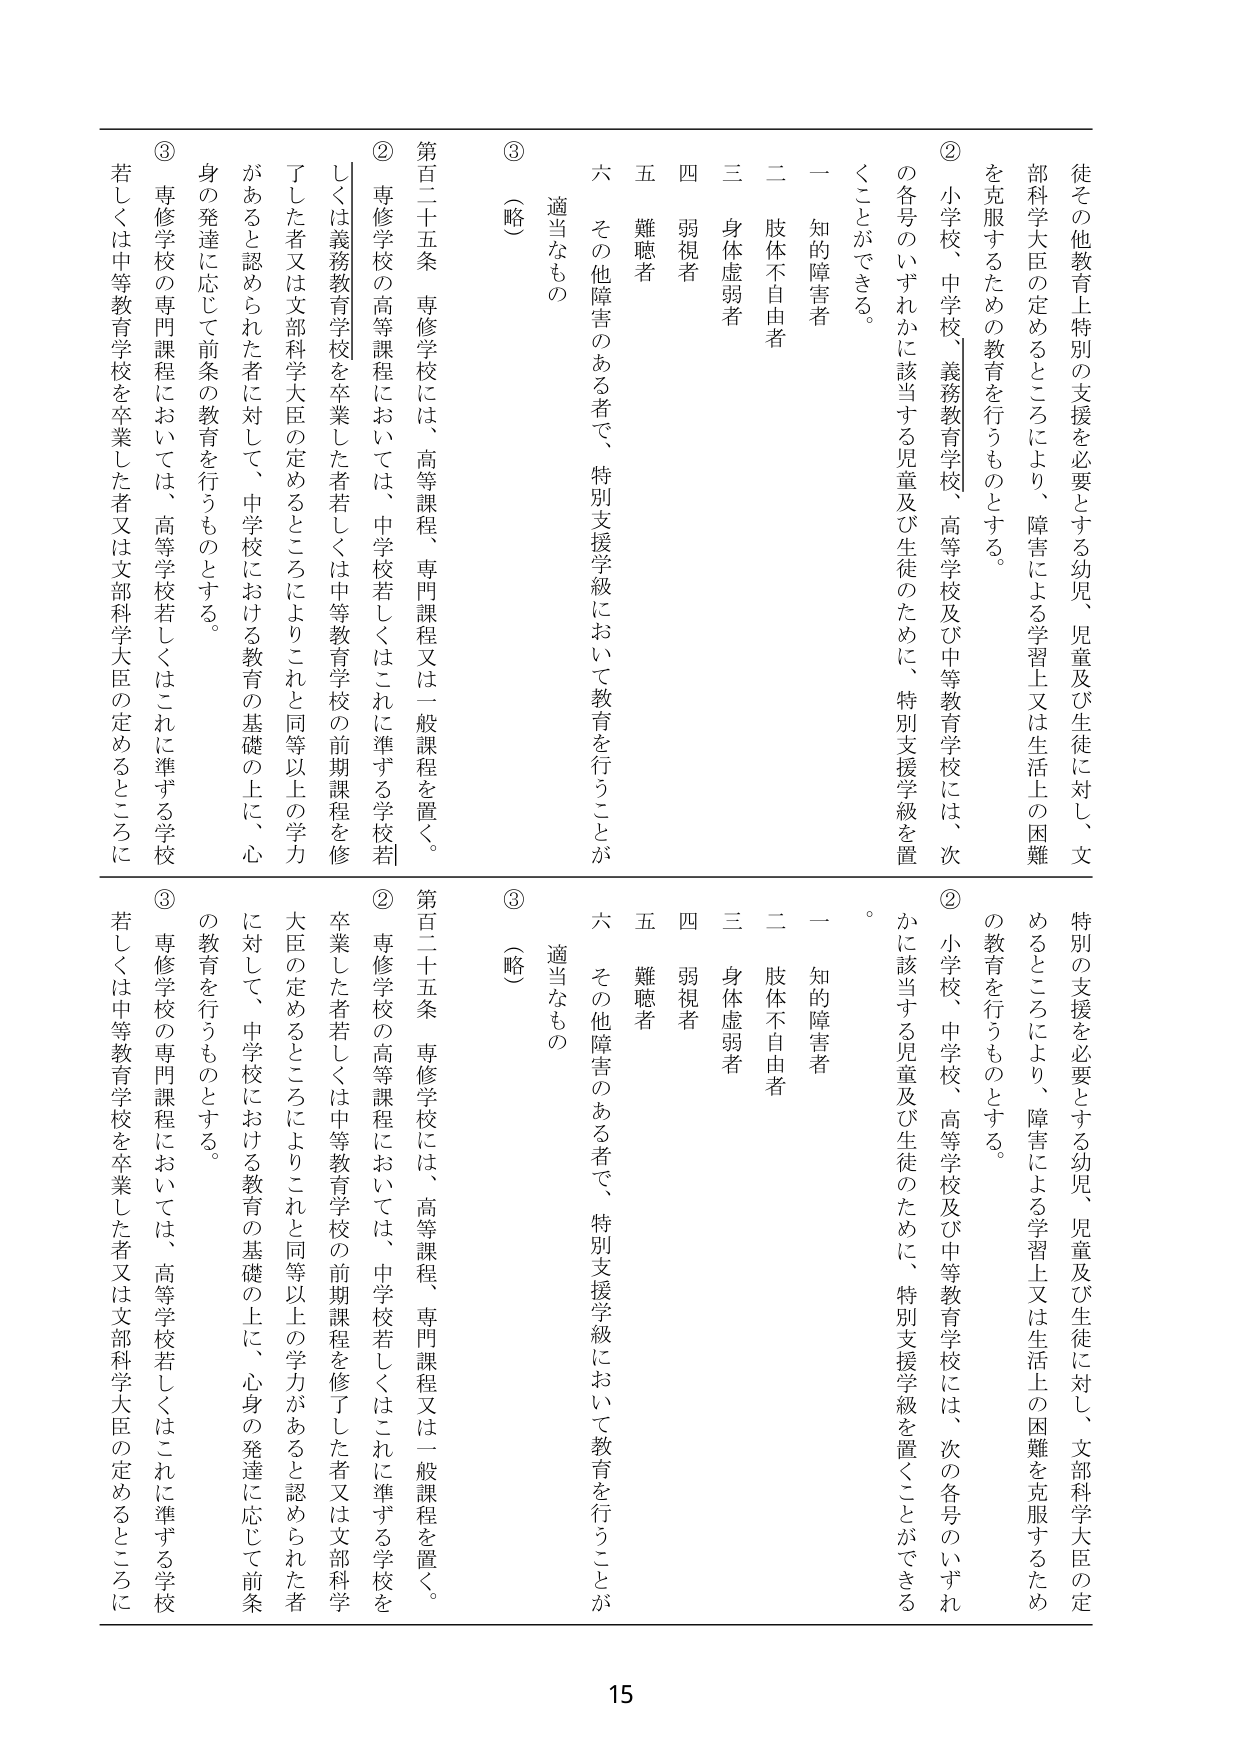
徒その他教育上特別の支援を必要とする幼児、児童及び生徒に対し、文部科学大臣の定めるところにより、障害による学習上又は生活上の困難を克服するための教育を行うものとする。

② 小学校、中学校、義務教育学校、高等学校及び中等教育学校には、次の各号のいずれかに該当する児童及び生徒のために、特別支援学級を置くことができる。

一 知的障害者
二 肢体不自由者
三 身体虚弱者
四 弱視者
五 難聴者
六 その他障害のある者で、特別支援学級において教育を行うことが適当なもの

（略）

第百二十五条 専修学校には、高等課程、専門課程又は一般課程を置く。

② 専修学校の高等課程においては、中学校若しくはこれに準ずる学校若しくは義務教育学校を卒業した者若しくは中等教育学校の前期課程を修了した者又は文部科学大臣の定めるところによりこれと同等以上の学力があると認められた者に対して、中学校における教育の基礎の上に、心身の発達に応じて前条の教育を行うものとする。

③ 専修学校の専門課程においては、高等学校若しくはこれに準ずる学校若しくは中等教育学校を卒業した者又は文部科学大臣の定めるところに

特別の支援を必要とする幼児、児童及び生徒に対し、文部科学大臣の定めるところにより、障害による学習上又は生活上の困難を克服するための教育を行うものとする。

② 小学校、中学校、高等学校及び中等教育学校には、次の各号のいずれかに該当する児童及び生徒のために、特別支援学級を置くことができる。

一 知的障害者
二 肢体不自由者
三 身体虚弱者
四 弱視者
五 難聴者
六 その他障害のある者で、特別支援学級において教育を行うことが適当なもの

（略）

第百二十五条 専修学校には、高等課程、専門課程又は一般課程を置く。

② 専修学校の高等課程においては、中学校若しくはこれに準ずる学校を卒業した者若しくは中等教育学校の前期課程を修了した者又は文部科学大臣の定めるところによりこれと同等以上の学力があると認められた者に対して、中学校における教育の基礎の上に、心身の発達に応じて前条の教育を行うものとする。

③ 専修学校の専門課程においては、高等学校若しくはこれに準ずる学校若しくは中等教育学校を卒業した者又は文部科学大臣の定めるところに

15